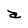
Character: a